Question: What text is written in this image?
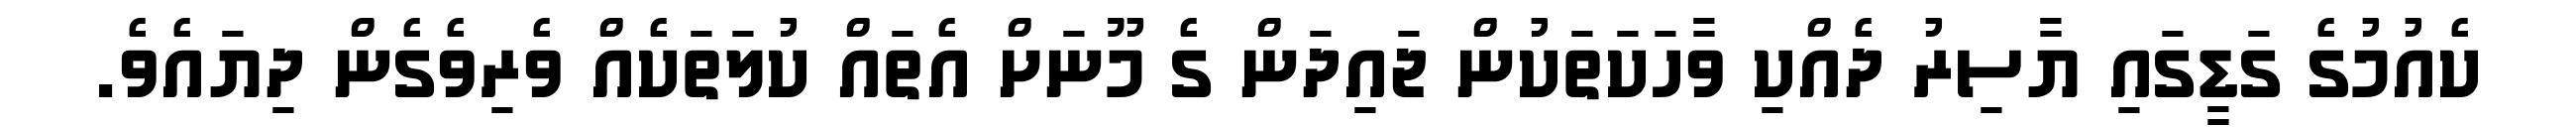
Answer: ކެއުމުގެ ގަޑީގައި ޔާސިރު ދެއްކި ވާހަކަތަކުން ޖައިދަން ގެ މޫނަށް އެތައް ކުލަތަކެއް ވެރިވެގެން ދިޔައެވެ.